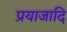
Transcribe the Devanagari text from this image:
प्रयाजादि